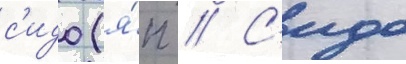
с'идо (я́п // С'идо